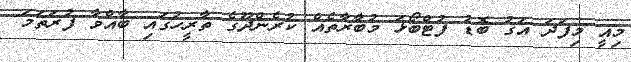
މިއީ މިފަދަ އަގު ބޮޑު ފުޓްބޯޅަ މުބާރާތެއް ކުރެންދޫގެ ތާރީހުގައި ބާއްވާ ފުރަތަމަ